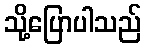
သို့ပြောပါသည်